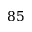
8 5